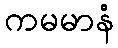
ကမမာနံ